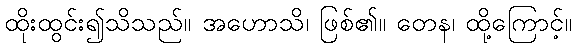
ထိုးထွင်း၍သိသည်။ အဟောသိ၊ ဖြစ်၏။ တေန၊ ထို့ကြောင့်။